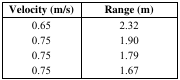
<table><thead><tr><td><b>Velocity (m/s)</b></td><td><b>Range (m)</b></td></tr></thead><tbody><tr><td>0.65</td><td>2.32</td></tr><tr><td>0.75</td><td>1.90</td></tr><tr><td>0.75</td><td>1.79</td></tr><tr><td>0.75</td><td>1.67</td></tr></tbody></table>